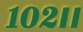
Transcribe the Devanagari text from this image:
१०२।।